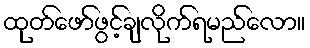
ထုတ်ဖော်ဖွင့်ချလိုက်ရမည်လော။